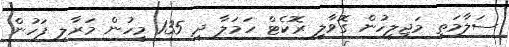
ސަލާމަތީ މަޖިލީހުން ގޮވާލީ ރޮކެޓް ހަމަލާ ދީ 135 މީހުން މަރާލި ފަހުން